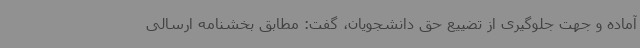
آماده و جهت جلوگیری از تضییع حق دانشجویان، گفت: مطابق بخشنامه ارسالی